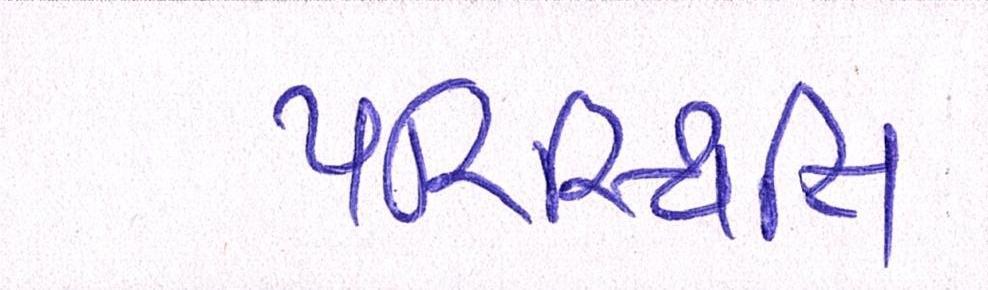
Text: પરિસ્થિતિ